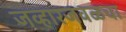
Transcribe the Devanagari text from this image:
जव्हारजवळचा